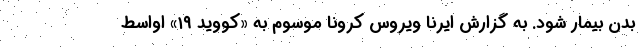
بدن بیمار شود. به گزارش ایرنا ویروس کرونا موسوم به «کووید ۱۹» اواسط